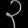
Digit: ၃